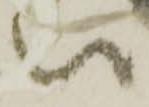
い